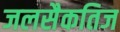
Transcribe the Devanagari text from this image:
जलसैकतिज